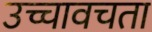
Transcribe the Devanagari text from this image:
उच्चावचता